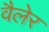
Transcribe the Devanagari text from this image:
वैलेर